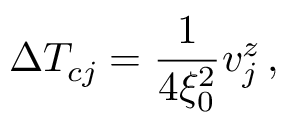
\Delta T _ { c j } = \frac { 1 } { 4 \xi _ { 0 } ^ { 2 } } v _ { j } ^ { z } \, , \